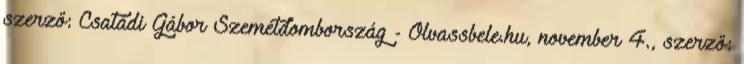
szerző: Csatádi Gábor Szemétdombország - Olvassbele.hu, november 4., szerző: